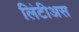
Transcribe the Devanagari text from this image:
लिंटीअस